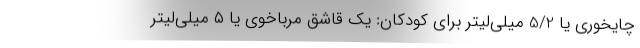
چایخوری یا 5/2 میلی‌لیتر برای کودکان: یک قاشق مرباخوی یا ۵ میلی‌لیتر